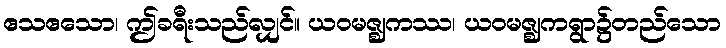
ဧသဧသော၊ ဤခရီးသည်လျှင်။ ယဝမဇ္ဈကဿ၊ ယဝမဇ္ဈကရွာ၌တည်သော